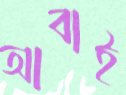
আবাই